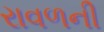
રાવળની